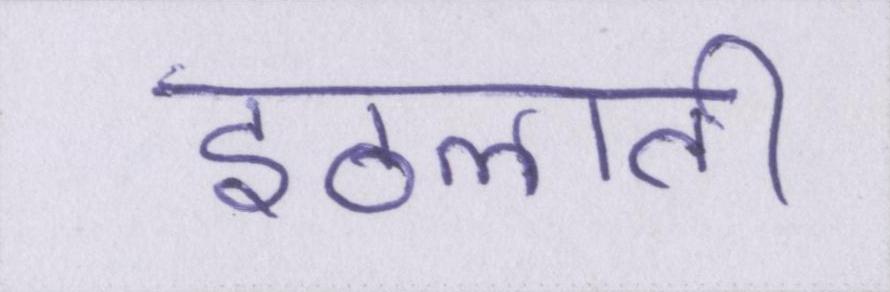
इठलाती